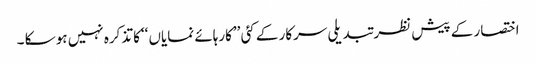
اختصار کے پیش نظر تبدیلی سرکار کے کئی ’’کارہائے نمایاں ‘‘کا تذکرہ نہیں ہو سکا ۔